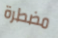
مضطرة